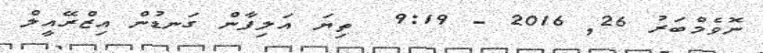
ނޮވެމްބަރު 26